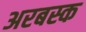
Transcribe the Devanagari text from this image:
अरबस्क